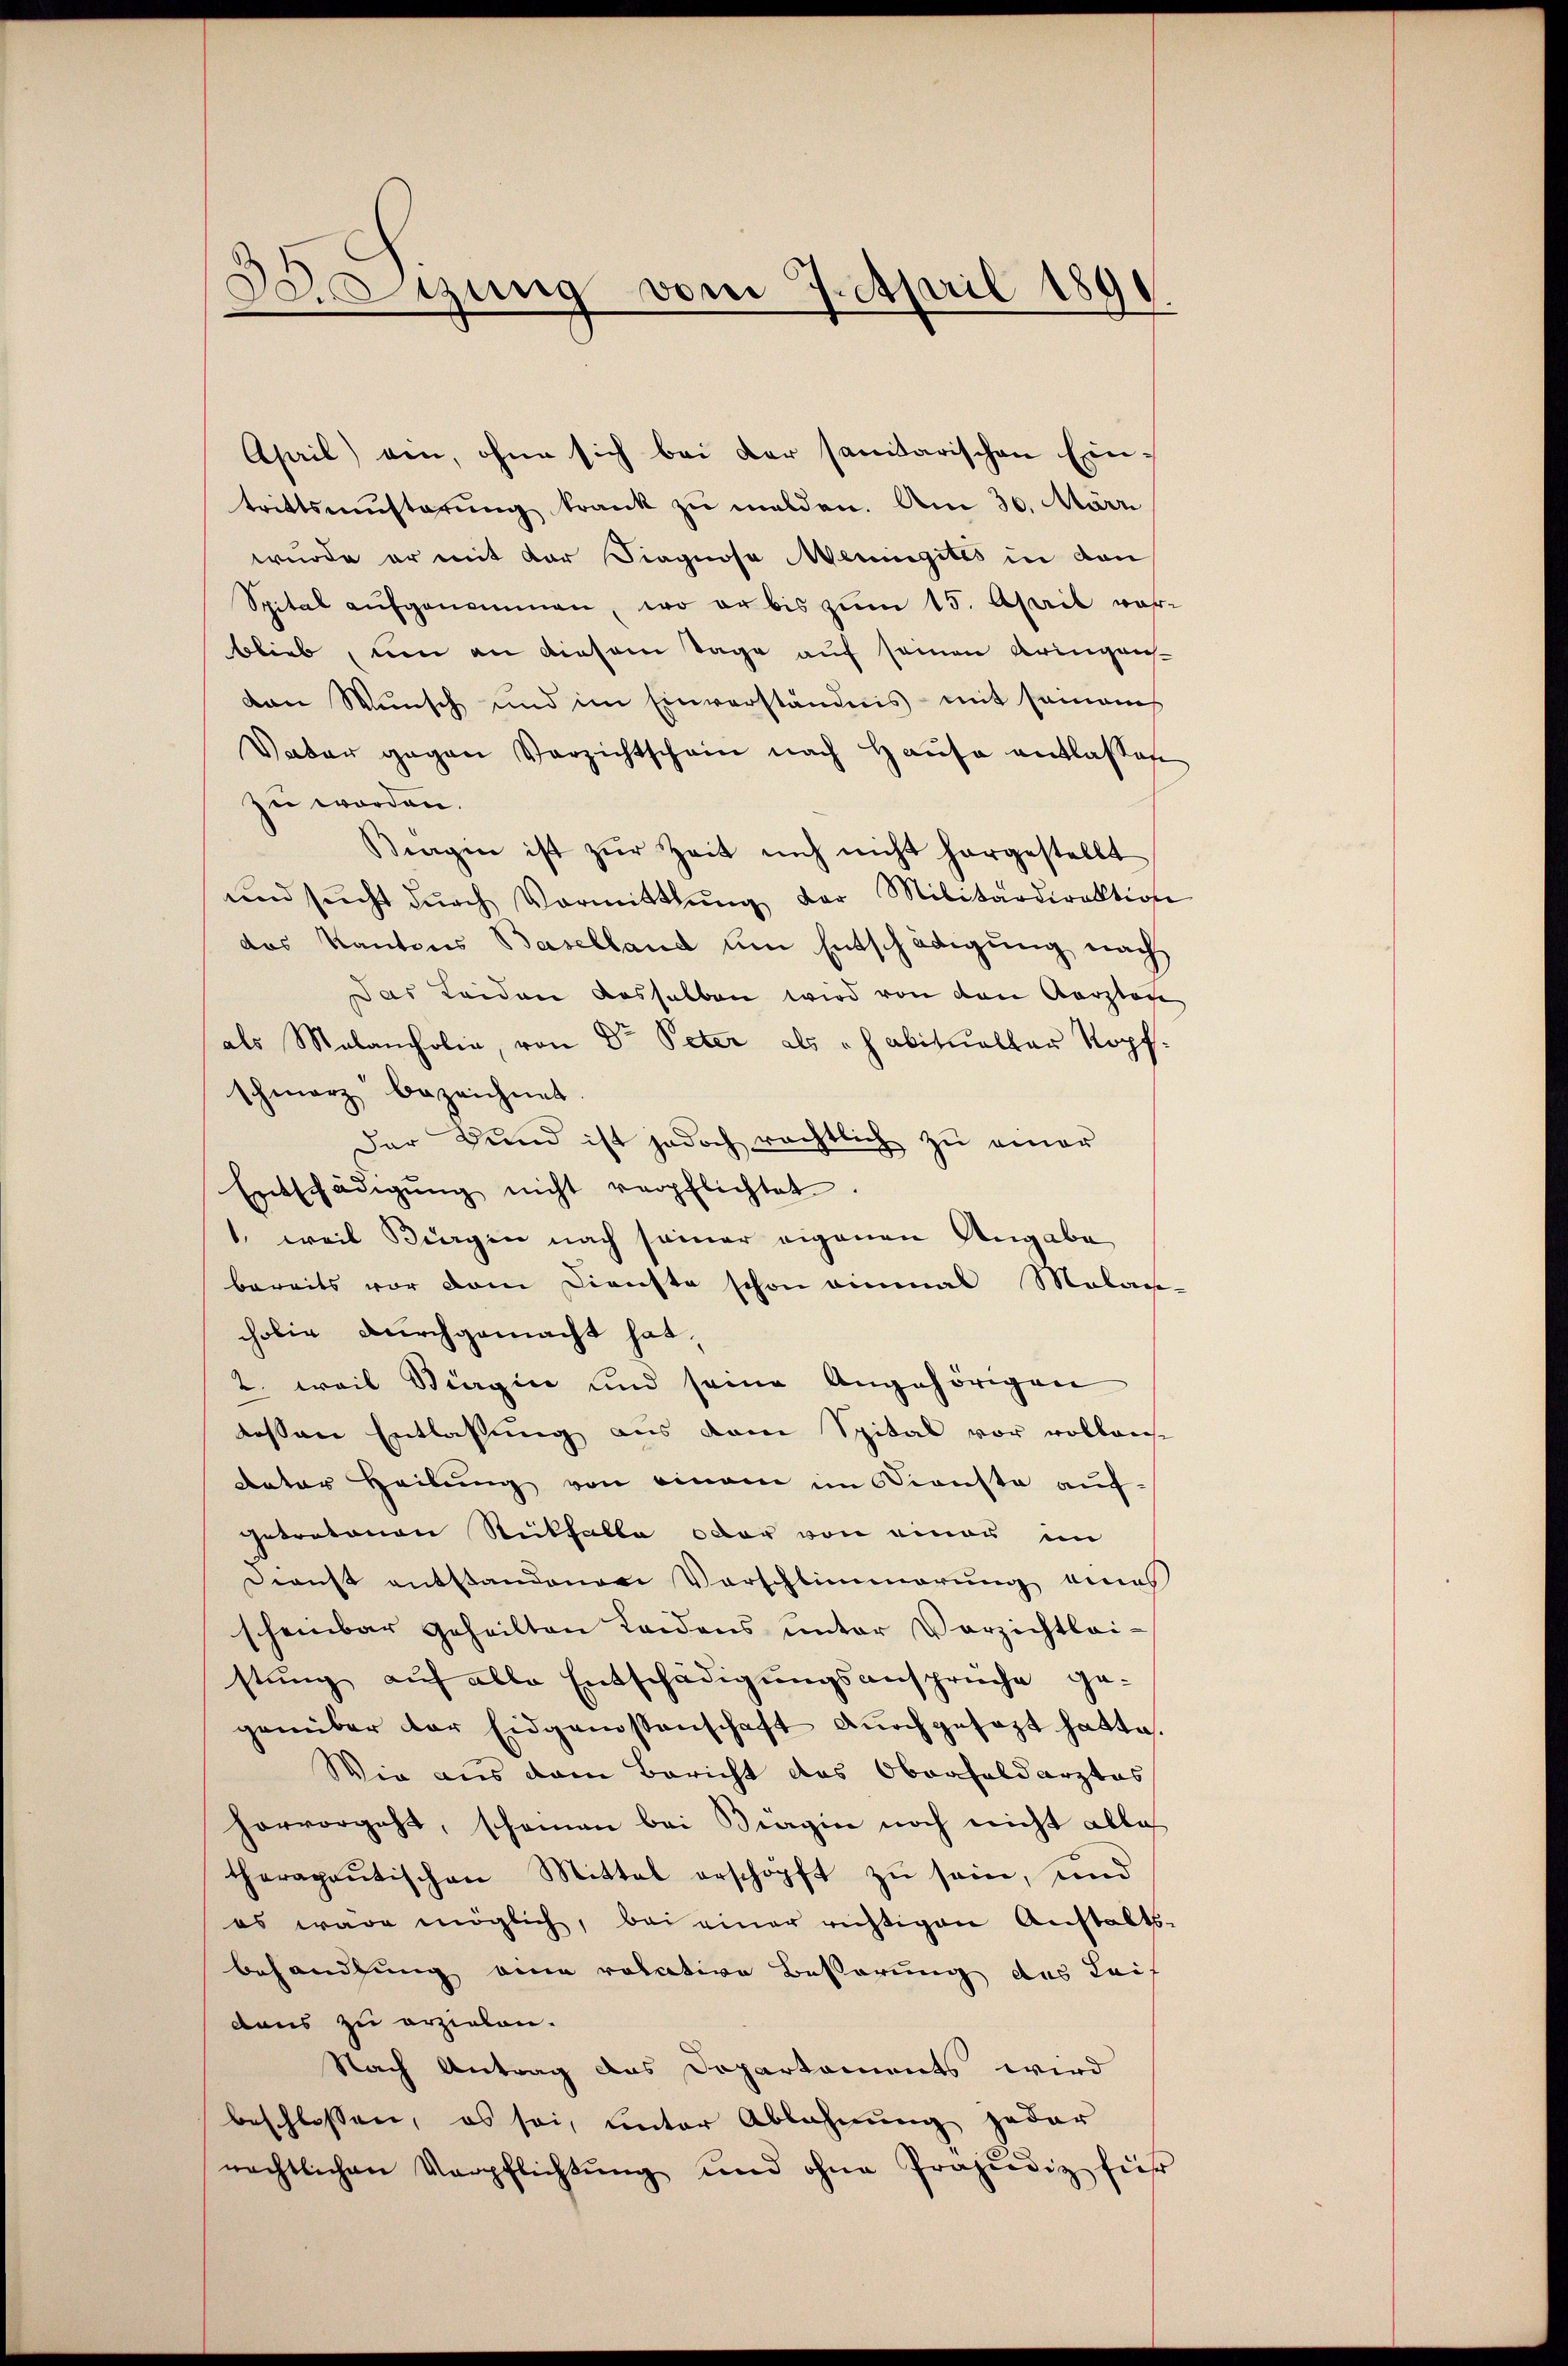
.
Stzung vom 7. April 1890

April) den, ohne sich bei der sanitarischen Eintrittsmŭsterŭng trank zu melden. Am 30. März
wurde er mit der Diagnose Meningites in den
Spital aŭfgenommen, wo er bis zŭm 15. April vor-
blieb, um an diesem Tage auf seinen Aringens-
von Wunsch und im Einverständnis mit samans
Vaber gegen Verzichtschein nach Haŭse entlassen
zu worden.
Biegen ist zŭr Zeit mich nicht hergestellt
und sŭcht dŭrch Vormittlung der Militärdirektione
das Kantons Baselland um Entschädigung nach
Das Leiden dasselben wird von den Aarzlage
als Malancholie, von Dr Peter als „habitualtar Kopf.
schmerz bezeichnet.
Der Bund ist jedoch rechtlich zu einer
Entschädigŭng nicht verpflichtet.
1., weil Bingen nach seiner eigenen Angabe
bereits vor dem Dienste schon einmal Molag-
cholie durchgemacht hat,
2. weil Siagin und seine Angehörigen
dessen Entlassung aus dem Spital vor vollause
Retor Heilung von einem im Dienste aufgetratanen Rückfalle oder von einer im
Dienst entstandenen Vorschlimmerung eines
scheinbar geheilten Leidens ŭnter Verzichtlei-
stung auf alle Entschädigungsansprüche gegenüber der Eidgenossenschaft aŭch gesagt hatte.
Wie aus dem Bericht das Obaafaldarztes
hervorgeht, scheinen bei Biagin noch nicht alles
therapaŭtischen Mittel erschöpft zŭ sein, und
es wäre möglich, bei einer richtigen Anstalts-
behandlung eine relative Besserung des Leif
daus zu erziehen.
Nach Antrag des Departaments wird
beschlossen, es sei, unter Ablehnung jeder
nechtlichen Verpflichtŭng und ohne Präjudiz für